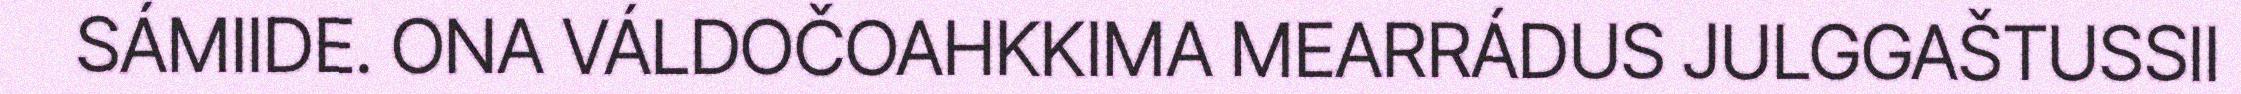
SÁMIIDE. ONA VÁLDOČOAHKKIMA MEARRÁDUS JULGGAŠTUSSII